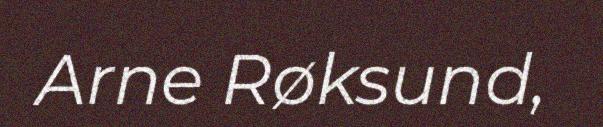
Arne Røksund,